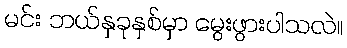
မင်း ဘယ်နှခုနှစ်မှာ မွေးဖွားပါသလဲ။